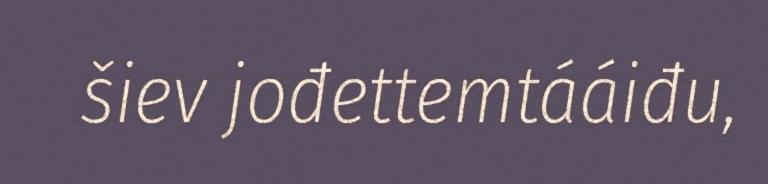
šiev jođettemtááiđu,